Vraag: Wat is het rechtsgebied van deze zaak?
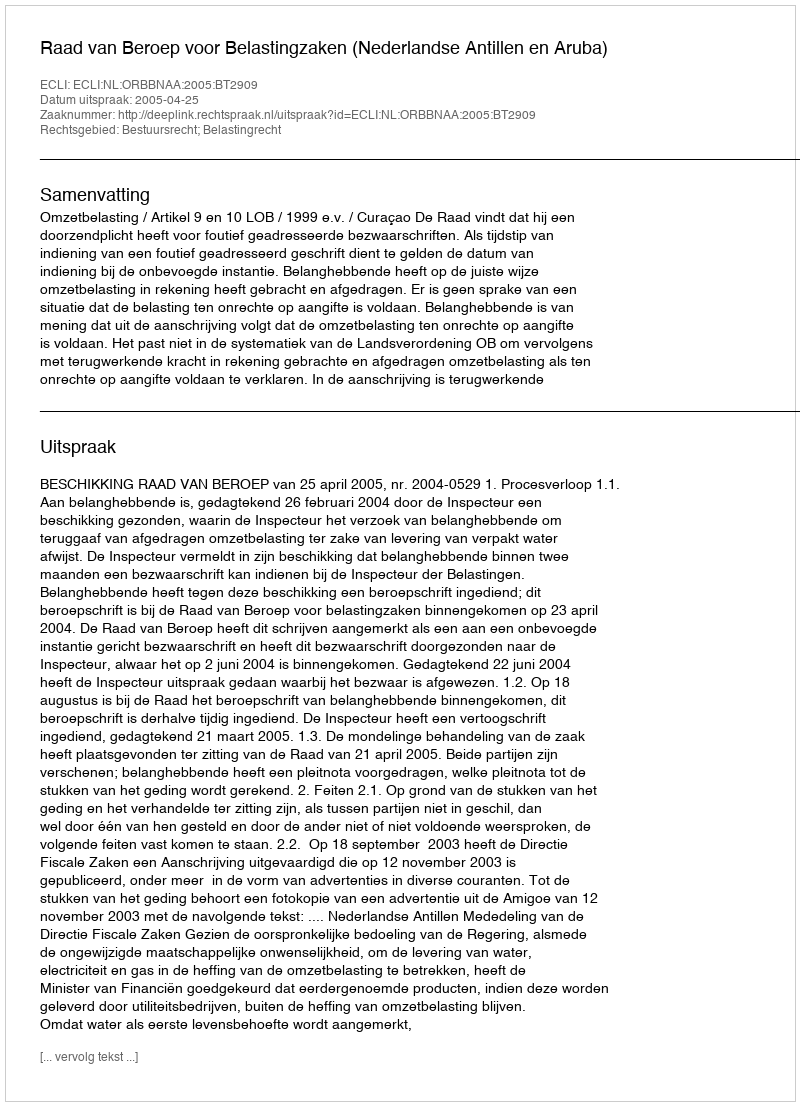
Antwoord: Bestuursrecht; Belastingrecht